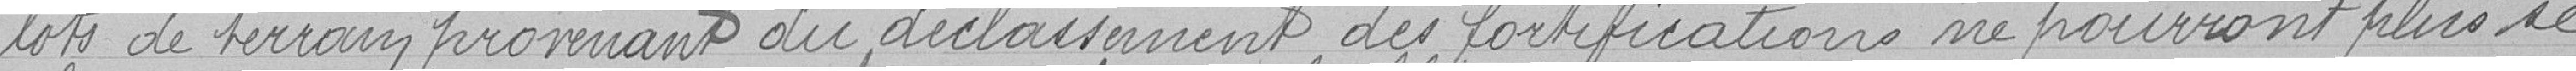
lots de terrain provenant du déclassement des fortifications ne pourront plus se